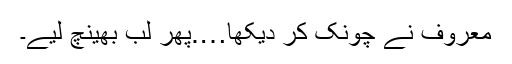
معروف نے چونک کر دیکھا….پھر لب بھینچ لیے۔